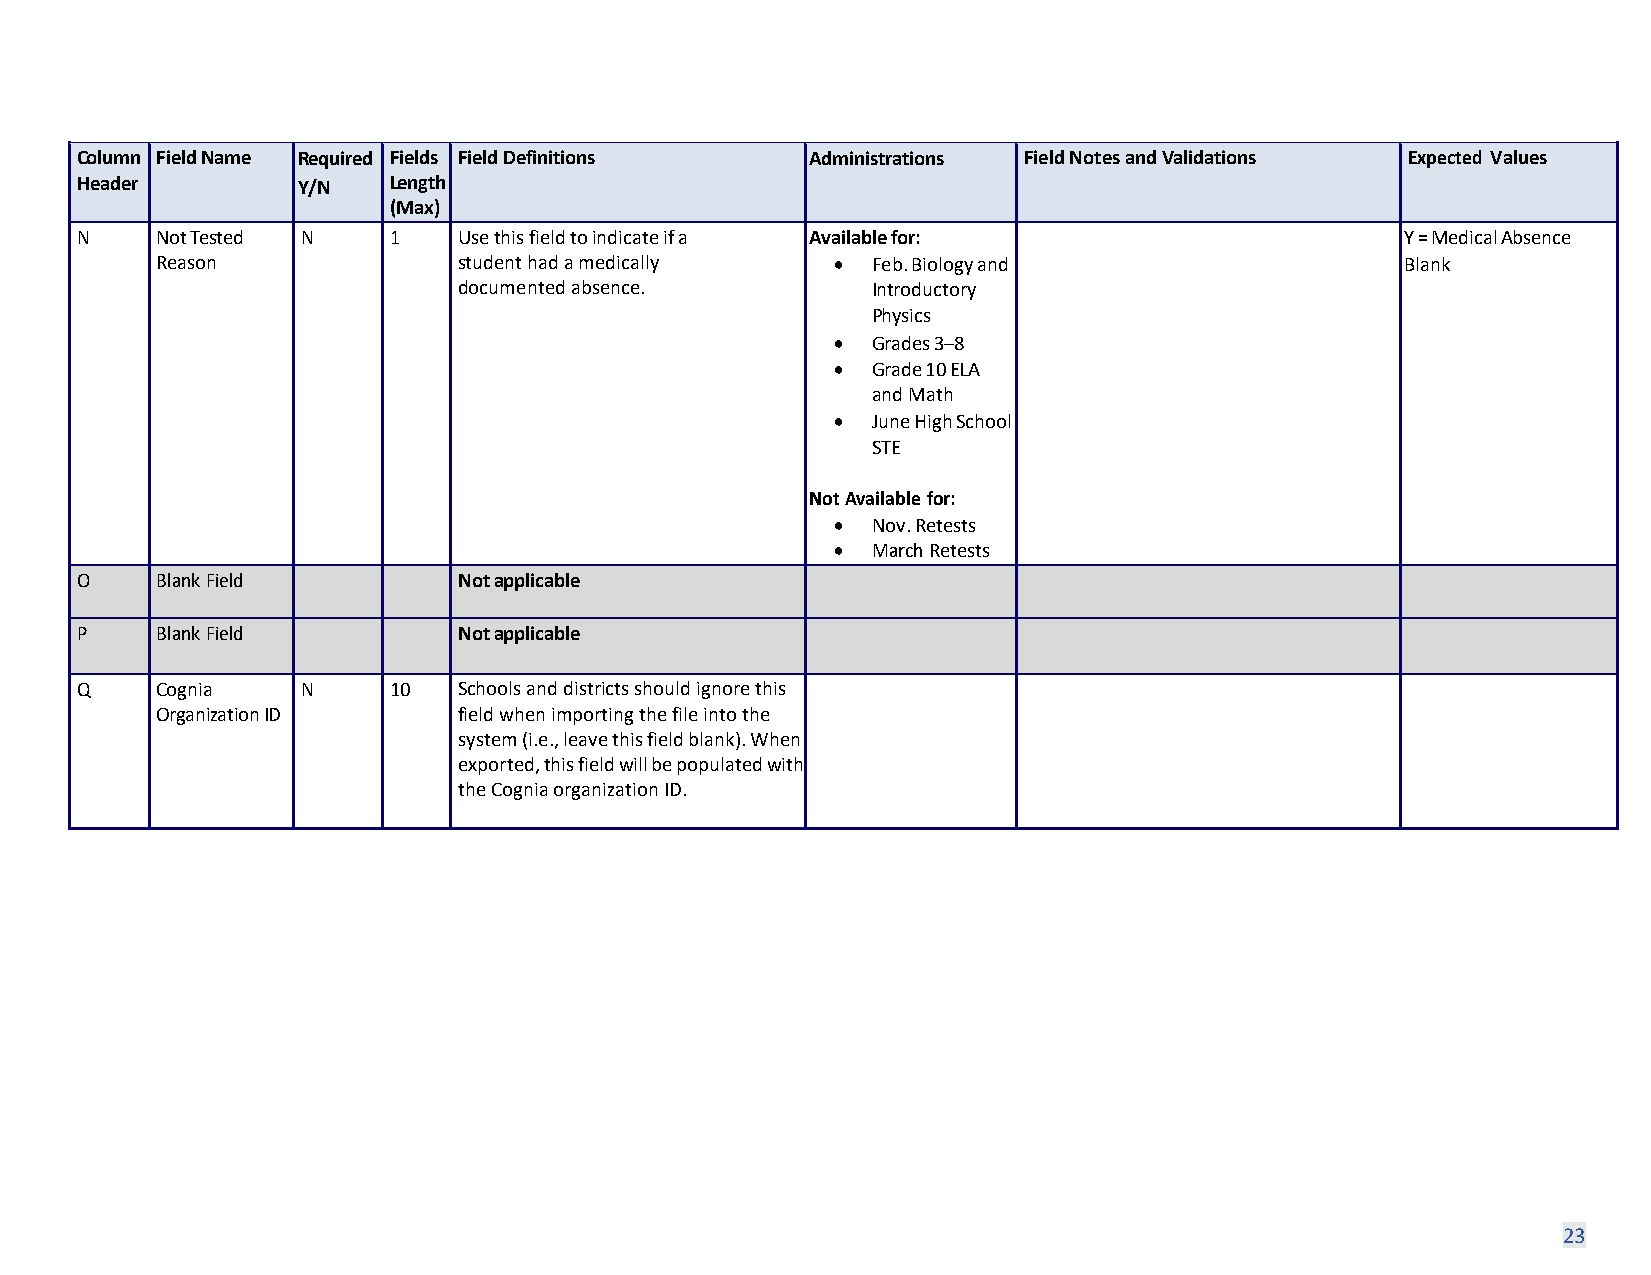
Column Field Name Required Fields Field Definitions Administrations Field Notes and Validations Expected Values
 Header         Y/N   Length
 (Max)
 N    Not Tested N    1   Use this field to indicate if a Available for:                 Y = Medical Absence
 Reason              student had a medically  •  Feb. Biology and                   Blank
 documented absence.         Introductory
 Physics
 •  Grades 3–8
 •  Grade 10 ELA
 and Math
 •  June High School
 STE
 Not Available for:
 •  Nov. Retests
 •  March Retests
 O    Blank Field         Not applicable
 P    Blank Field         Not applicable
 Q    Cognia    N     10  Schools and districts should ignore this
 Organization ID     field when importing the file into the
 system (i.e., leave this field blank). When
 exported, this field will be populated with
 the Cognia organization ID.
 23